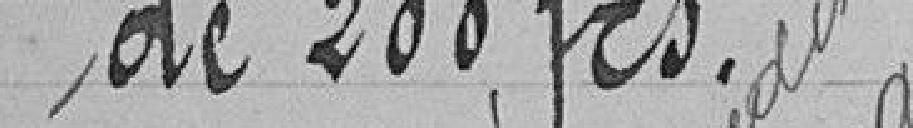
de 200 fcs